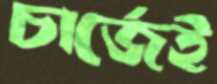
চার্জেই